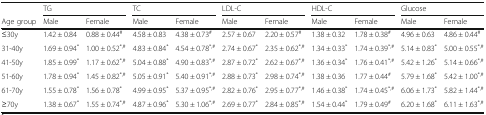
<table><thead><tr><td></td><td colspan="2"><b>TG</b></td><td colspan="2"><b>TC</b></td><td colspan="2"><b>LDL-C</b></td><td colspan="2"><b>HDL-C</b></td><td colspan="2"><b>Glucose</b></td></tr><tr><td><b>Age group</b></td><td><b>Male</b></td><td><b>Female</b></td><td><b>Male</b></td><td><b>Female</b></td><td><b>Male</b></td><td><b>Female</b></td><td><b>Male</b></td><td><b>Female</b></td><td><b>Male</b></td><td><b>Female</b></td></tr></thead><tbody><tr><td>≤30y</td><td>1.42 ± 0.84</td><td>0.88 ± 0.44<sup>#</sup></td><td>4.58 ± 0.83</td><td>4.38 ± 0.73<sup>#</sup></td><td>2.57 ± 0.67</td><td>2.20 ± 0.57<sup>#</sup></td><td>1.38 ± 0.32</td><td>1.78 ± 0.38<sup>#</sup></td><td>4.96 ± 0.63</td><td>4.86 ± 0.44<sup>#</sup></td></tr><tr><td>31-40y</td><td>1.69 ± 0.94<sup>*</sup></td><td>1.00 ± 0.52<sup>*,#</sup></td><td>4.83 ± 0.84<sup>*</sup></td><td>4.54 ± 0.78<sup>*,#</sup></td><td>2.74 ± 0.67<sup>*</sup></td><td>2.35 ± 0.62<sup>*,#</sup></td><td>1.34 ± 0.33<sup>*</sup></td><td>1.74 ± 0.39<sup>*,#</sup></td><td>5.14 ± 0.83<sup>*</sup></td><td>5.00 ± 0.55<sup>*,#</sup></td></tr><tr><td>41-50y</td><td>1.85 ± 0.99<sup>*</sup></td><td>1.17 ± 0.62<sup>*,#</sup></td><td>5.04 ± 0.88<sup>*</sup></td><td>4.90 ± 0.83<sup>*,#</sup></td><td>2.87 ± 0.72<sup>*</sup></td><td>2.62 ± 0.67<sup>*,#</sup></td><td>1.36 ± 0.34<sup>*</sup></td><td>1.76 ± 0.41<sup>*,#</sup></td><td>5.42 ± 1.26<sup>*</sup></td><td>5.14 ± 0.66<sup>*,#</sup></td></tr><tr><td>51-60y</td><td>1.78 ± 0.94<sup>*</sup></td><td>1.45 ± 0.82<sup>*,#</sup></td><td>5.05 ± 0.91<sup>*</sup></td><td>5.40 ± 0.91<sup>*,#</sup></td><td>2.88 ± 0.73<sup>*</sup></td><td>2.98 ± 0.74<sup>*,#</sup></td><td>1.38 ± 0.36</td><td>1.77 ± 0.44<sup>#</sup></td><td>5.79 ± 1.68<sup>*</sup></td><td>5.42 ± 1.00<sup>*,#</sup></td></tr><tr><td>61-70y</td><td>1.55 ± 0.78<sup>*</sup></td><td>1.56 ± 0.78<sup>*</sup></td><td>4.99 ± 0.95<sup>*</sup></td><td>5.37 ± 0.95<sup>*,#</sup></td><td>2.82 ± 0.76<sup>*</sup></td><td>2.95 ± 0.77<sup>*,#</sup></td><td>1.46 ± 0.38<sup>*</sup></td><td>1.74 ± 0.45<sup>*,#</sup></td><td>6.06 ± 1.73<sup>*</sup></td><td>5.82 ± 1.44<sup>*,#</sup></td></tr><tr><td>≥70y</td><td>1.38 ± 0.67<sup>*</sup></td><td>1.55 ± 0.74<sup>*,#</sup></td><td>4.87 ± 0.96<sup>*</sup></td><td>5.30 ± 1.06<sup>*,#</sup></td><td>2.69 ± 0.77<sup>*</sup></td><td>2.84 ± 0.85<sup>*,#</sup></td><td>1.54 ± 0.44<sup>*</sup></td><td>1.79 ± 0.49<sup>#</sup></td><td>6.20 ± 1.68<sup>*</sup></td><td>6.11 ± 1.63<sup>*,#</sup></td></tr></tbody></table>